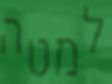
למטה